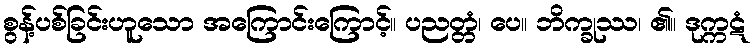
စွန့်ပစ်ခြင်းဟူသော အကြောင်းကြောင့်။ ပညတ္တံ၊ ပေ။ ဘိက္ခုဿ၊ ၏။ ဒုက္ကဋံ